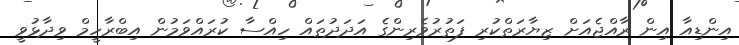
އިންޑިއާ އިން ރާއްޖެއަށް ޒިޔާރަތްކުރި ފަތުރުވެރިންގެ އަދަދުތައް ހިއްސާ ކުރައްވަމުން އިބްރާހީމް ވިދާޅުވީ